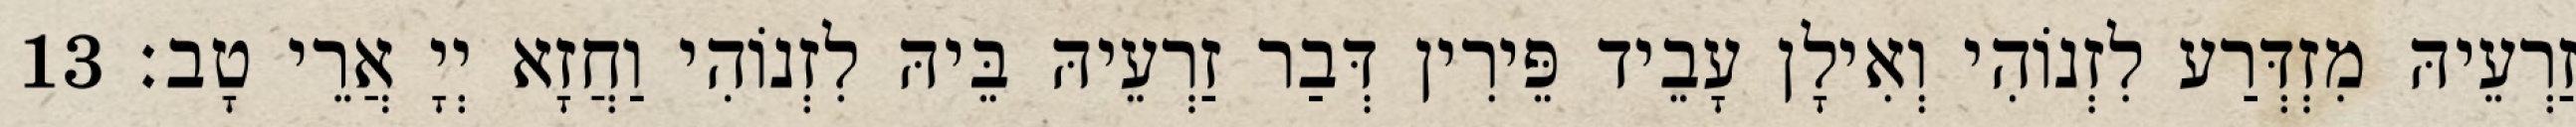
זַרְעֵיהּ מִזְדְּרַע לִזְנוֹהִי וְאִילָן עָבֵיד פֵּירִין דְּבַר זַרְעֵיהּ בֵּיהּ לִזְנוֹהִי וַחֲזָא יְיָ אֲרֵי טָב׃ 13